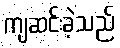
ကျဆင်းခဲ့သည်